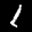
Label: 1